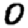
Digit: 0